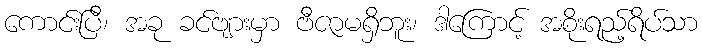
ကောင်းပြီ၊ အခု ခင်ဗျားမှာ ဗီဇာမရှိဘူး၊ ဒါကြောင့် အစိုးရည့်ရိပ်သာ